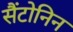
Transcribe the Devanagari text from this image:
सैंटोनिन